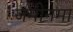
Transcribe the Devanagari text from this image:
जमीनमा